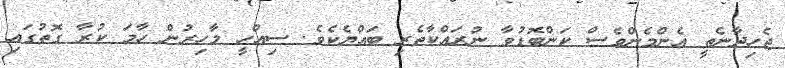
ޖެހިދާނެތީ އެންމެންވެސް ކަންބޮޑުވާ ނުރައްކާތެރި ބައްޔެކެވެ. ސިއްހީ މާހިރުން ހާމަ ކުރާ ގޮތުގައި